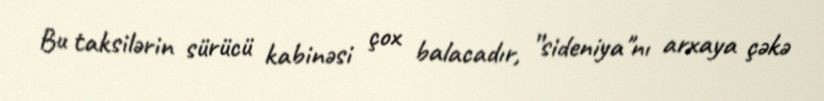
Bu taksilərin sürücü kabinəsi çox balacadır, ”sideniya"nı arxaya çəkə